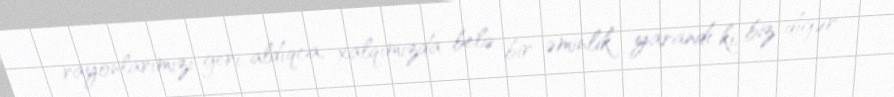
rayonlarımızı geri aldıqca, xalqımızda belə bir əminlik yarandı ki, biz digər